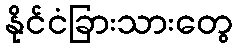
နိုင်ငံခြားသားတွေ